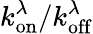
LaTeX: k_{\mathrm{on}}^{\lambda}/k_{\mathrm{off}}^{\lambda}